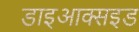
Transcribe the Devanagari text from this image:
डाइआक्सइड